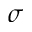
\sigma